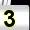
Digit: 3